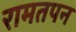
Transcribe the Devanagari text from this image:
रामतपन